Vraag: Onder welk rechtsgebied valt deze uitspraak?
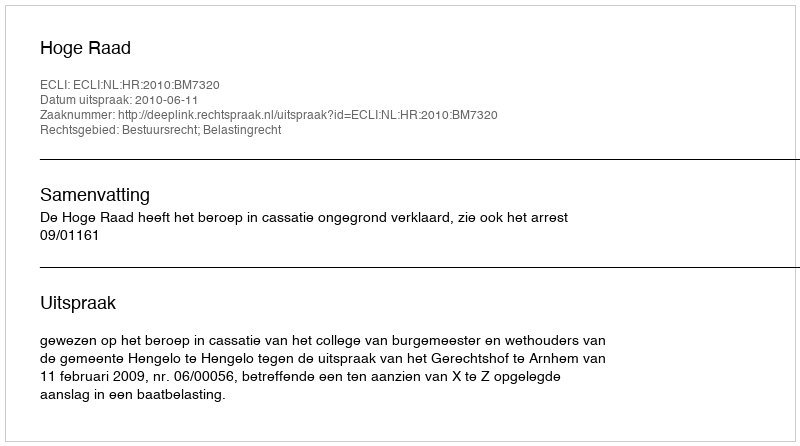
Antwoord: Bestuursrecht; Belastingrecht